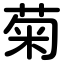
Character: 菊